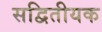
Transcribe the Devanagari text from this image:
सद्वितीयक